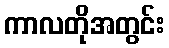
ကာလတိုအတွင်း